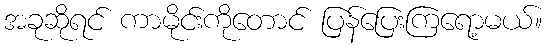
အခုဆိုရင် ကာမိုင်းကိုတောင် ပြန်ပြေးကြရော့မယ်။